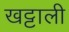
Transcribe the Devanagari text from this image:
खट्टाली